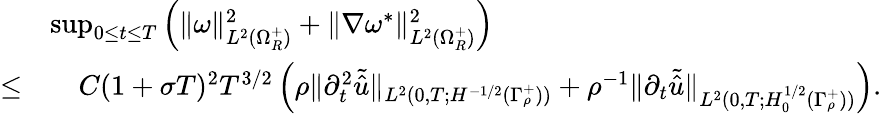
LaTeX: \begin{array}{r}{\begin{array}{rl}&{\operatorname*{sup}_{0\leq t\leq T}\Big(\| \omega\| _{L^{2}(\Omega_{R}^{+})}^{2}+\| \nabla\omega^{*}\| _{L^{2}(\Omega_{R}^{+})}^{2}\Big)}\\ {\leq}&{\quad C(1+\sigma T)^{2}T^{3/2}\left(\rho\| \partial_{t}^{2}\tilde{\hat{u}}\| _{L^{2}(0,T;H^{-1/2}(\Gamma_{\rho}^{+}))}+\rho^{-1}\| \partial_{t}\tilde{\hat{u}}\| _{L^{2}(0,T;H_{0}^{1/2}(\Gamma_{\rho}^{+}))}\right).}\end{array}}\end{array}